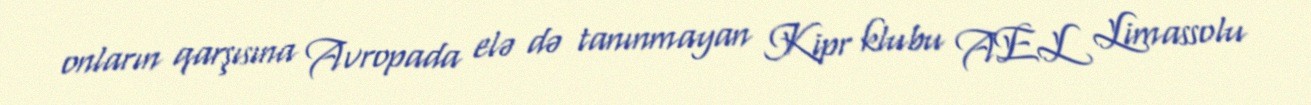
onların qarşısına Avropada elə də tanınmayan Kipr klubu AEL Limassolu